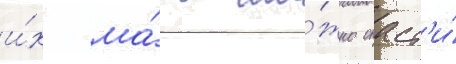
и́х ма́ть мо́жно спаст'и́